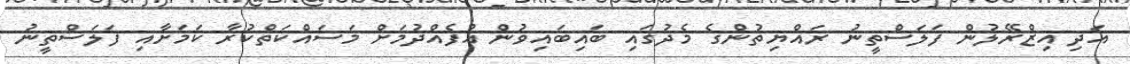
އަދި އިޒްރޭލުން ފަލަސްތީނު ރައްޔިތުންގެ މެދުގައި ބައިބައިވުން އުފެއްދުމަށް މަސައްކަތްކުރާ ކަމަށާއި ފަލަސްތީނު